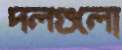
দলগুলো